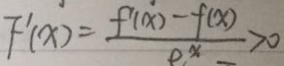
F ^ { \prime } ( x ) = \frac { f ( x ) - f ( x ) } { e ^ { x } } > 0